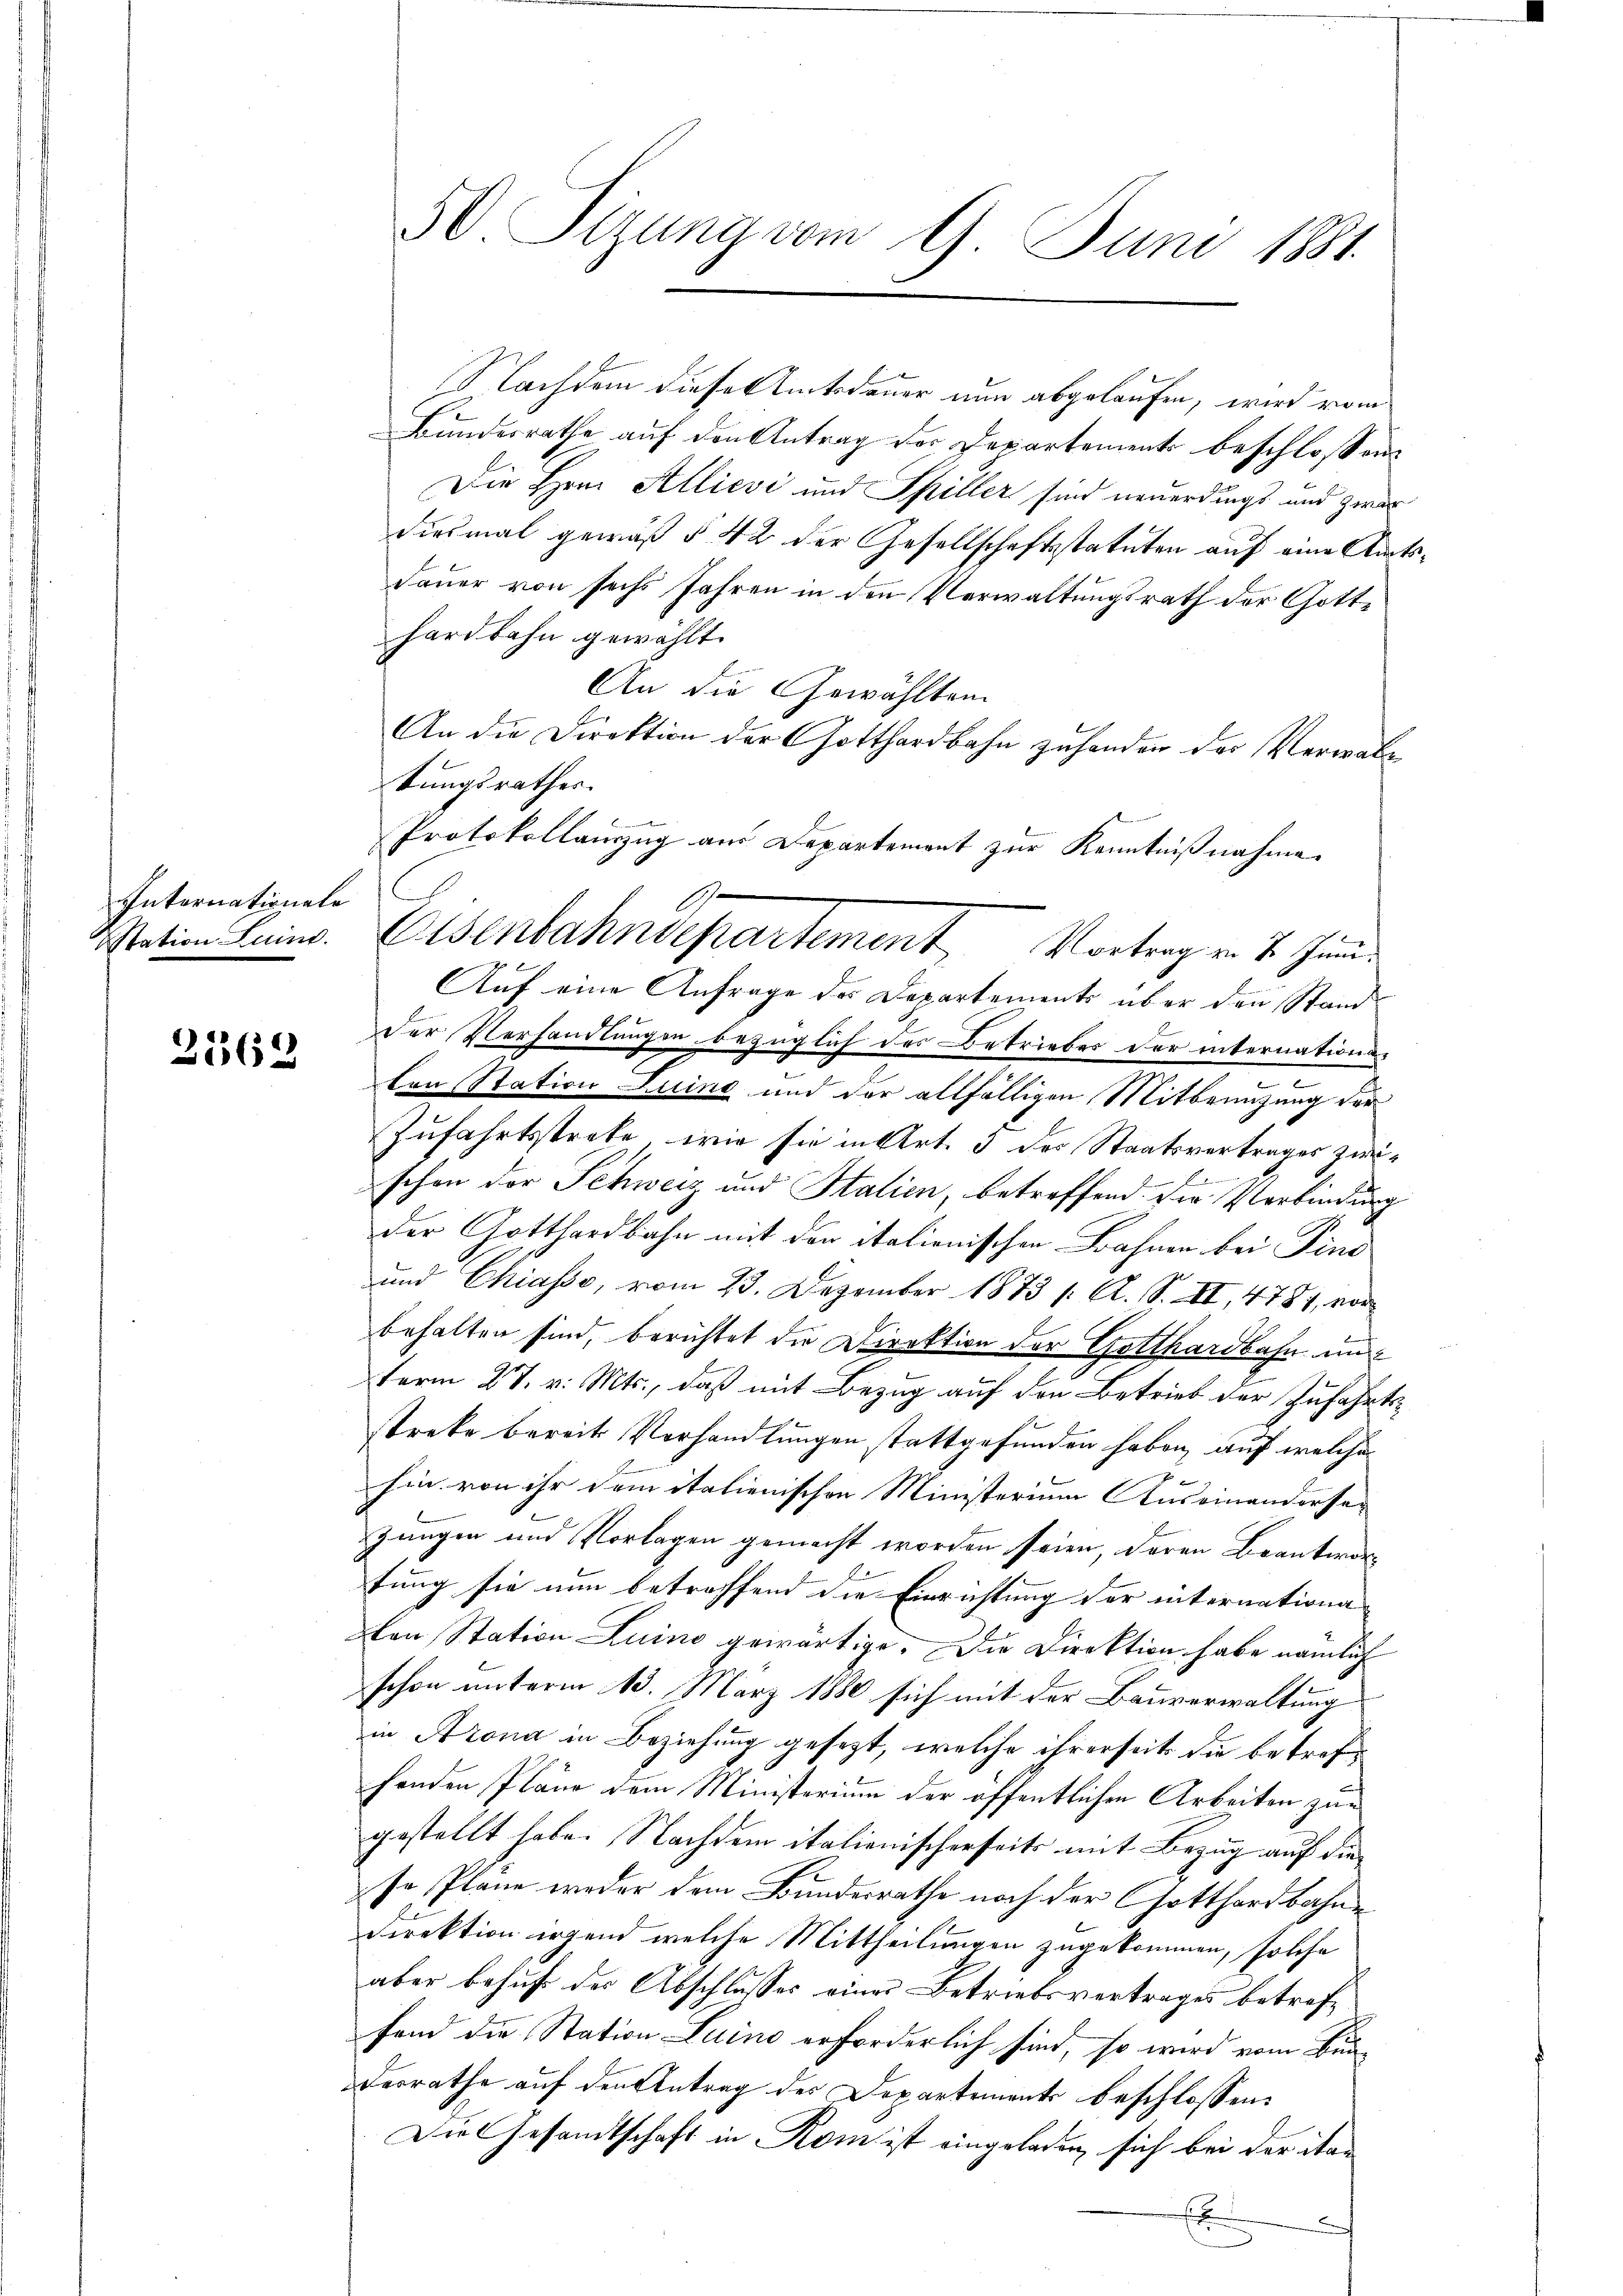
Internationale

2562

50 Tizung vom 9. Juni 1881.

1

Nachdem diese Amtsdauer nun abgelaufen, wird vom
Bundesrathe auf den Antrag der Departement beschlossen
Die Hrn. Allievi und Spiller sind neuerdings und zwar
diesmal gemäß § 42 der Gesellschaftsstatuten auf eine Amts¬
Dauer von sechs Jahren in den Verwaltungsrath der Gotthardbahn gewählt.
An die Gewählten
An die Direktion der Gotthardbahn zuhanden der Verwaltungsrathes.
Protokollauszug aus Departement zur Kenntnißnahme
Wation Luino. Eisenbahndepartement Vortrag von 2. Juni
Auf eine Anfrage des Departements über den Stand
Der Verhandlungen bezüglich des Betriebes der internationsd
len Station Luine und der allfälligen Mitbenuzung der
Zufahrtsstrate, wie sie in Art. 5 des Staatsvertrages zwischon der Schweiz und Stalien, betreffend. Die Verbindung
der Gotthardbahn mit den itationischen Bahnen bei Pins
und Chiasso, vom 23. Dezember 1873 /: A. S. XI, 4781, vor
behalten sind, berichtet die Direktion der Gotthardbahn un
term 27. v. Mts., daß mit Bezug auf den Betrieb der Zufahrtsstreke bereits Vorhandlungen stattgefunden haben, auf welche

hin von ihr dem italienischen Ministerium Auseinanderse- |
zungen und Vorlagen gemacht worden seien, deren Beantwor¬
E
tung sie nun betroffend die Einrichtung der internationa
Den Station Luino gewärtige. Die Direktion habe nämlich
schon unterm 13. März 1880 sich mit der Bauverwaltung
in Arona in Beziehung gesezt, welche ihrerseit die betrefhenden Pläne dem Ministerium der öffentlichen Arbeiten zur
gestellt habe. Nachdem italienischerseits mit Bezug auf die
so Pläne weder dem Bundesrathe noch der Gotthardbahne
Direktion irgend welche Mittheilungen zugekommen, solche
aber behuf der Abschlusses eines Betriebsvertrages betrefffend die Station Luino erforderlich sind, so wird vom Bundesrathe auf den Antrag der Departements beschlossen:
Die Gesandtschaft in Rom ist eingeladen, sich bei der itan
E
u